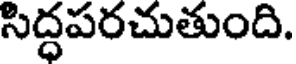
సిద్ధపరచుతుంది.